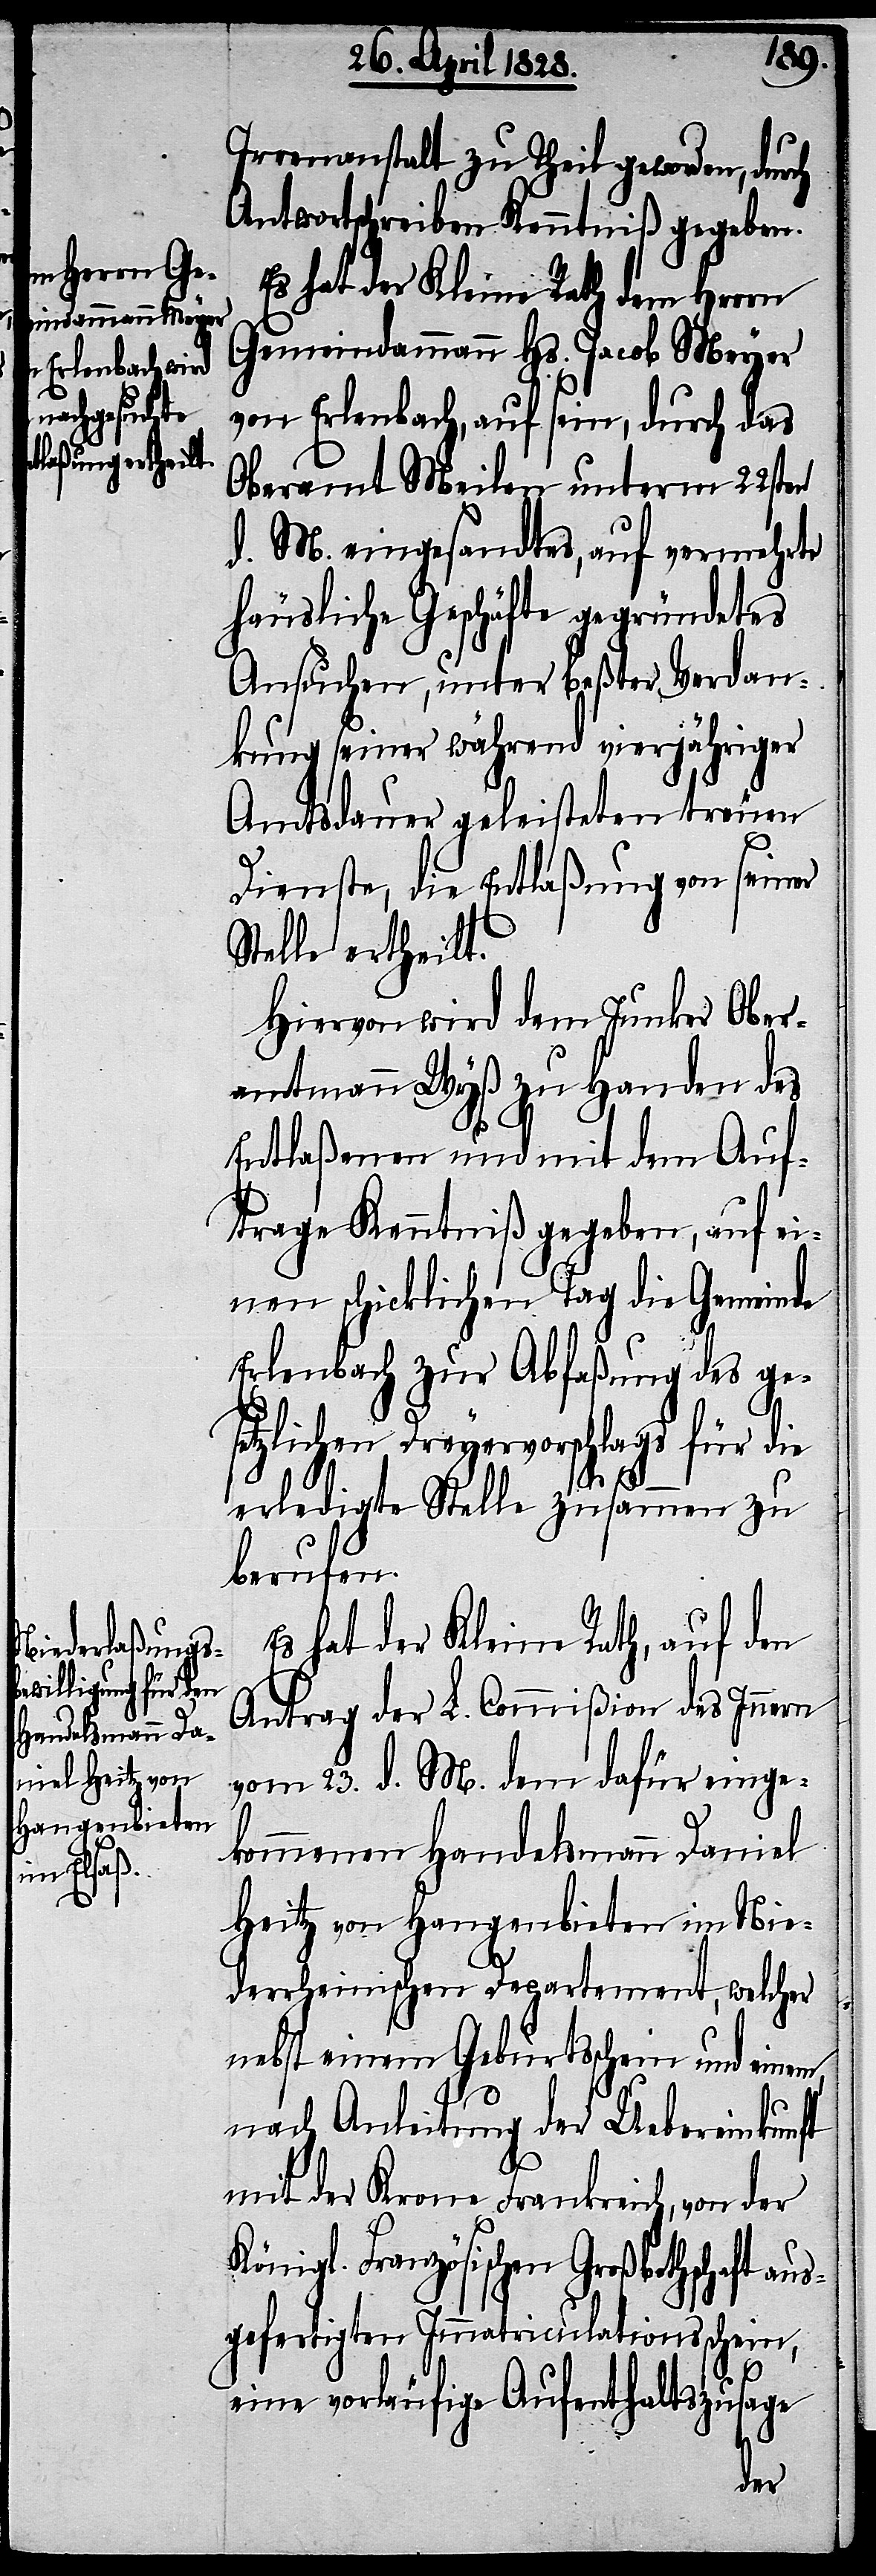
Irrenanstalt zu Theil geworden, durch
Antwortschreiben Kenntniß gegeben.
Es hat der Kleine Rath dem Herrn
Gemeindammann Hs. Jacob Meyer
von Erlenbach, auf sein, durch das
Oberamt Meilen unterm 22sten
d. M. eingesandtes, auf vermehrte
häusliche Geschäfte gegründetes
Ansuchen, unter beßter Verdan¬
kung seiner während vierjähriger
Amtsdauer geleisteten treuen
Dienste, die Entlaßung von seiner
Stelle ertheilt.
Hiervon wird dem Junker Ober¬
amtmann Wyß zu Handen des
Entlaßenen und mit dem Auf¬
trage Kenntniß gegeben, auf ei¬
nen schicklichen Tag die Gemeinde
Erlenbach zur Abfaßung des ge¬
setzlichen Dreyervorschlags für die
erledigte Stelle zusammen zu
berufen.
Es hat der Kleine Rath, auf den
Antrag der L. Commißion des Innern
vom 23. d. M. dem dafür einge¬
kommenen Handelsmann Daniel
Heitz von Hangenbieten im Nie¬
derrheinischen Departement, welcher
nebst einem Geburtsschein und eine¬
nach Anleitung der Uebereinkunft
mit der Krone Frankreich, von der
Königl. Französischen Großbothschaft au¬
sgefertigten Immatriculationsschein,
eine vorläufige Aufenthaltszusage
m,